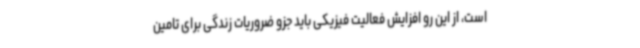
است، از این رو افزایش فعالیت فیزیکی باید جزو ضروریات زندگی برای تامین